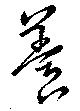
養